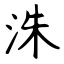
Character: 洙